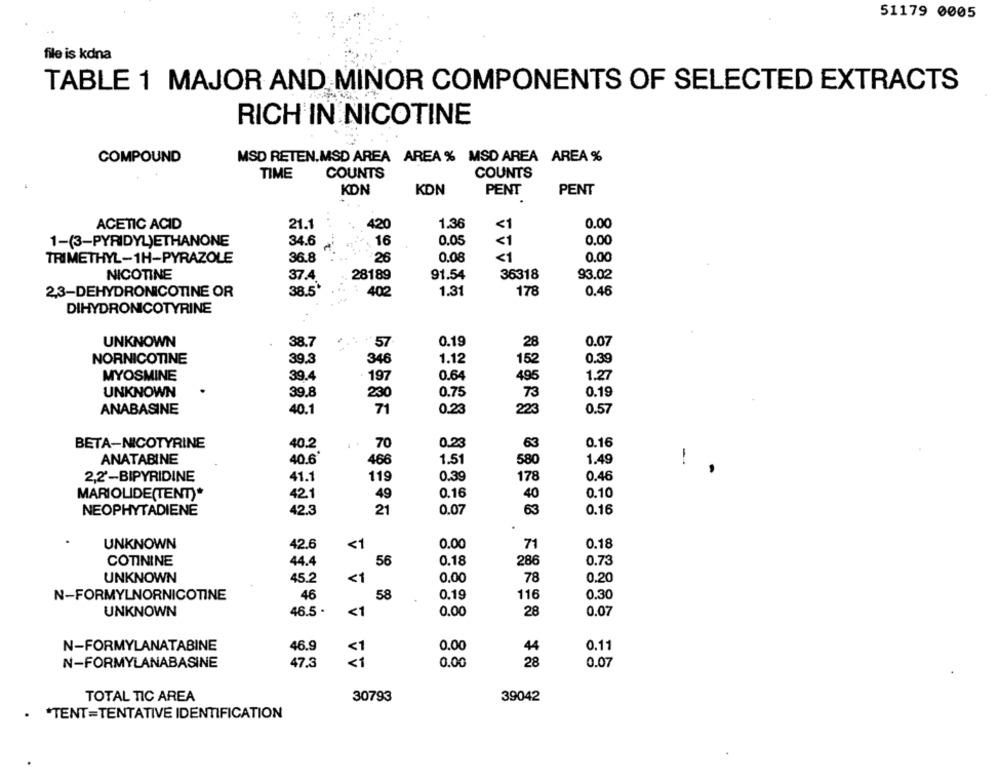
51179 0005
file is kdna
TABLE 1 MAJOR AND MINOR COMPONENTS OF SELECTED EXTRACTS
RICH IN NICOTINE
COMPOUND
MSD RETEN.MSD AREA AREA % MSD AREA AREA %
COUNTS
COUNTS
TIME
KDN
KDN
PENT
PENT
ACETIC ACID
21.
420
1.36
<1
0.00
1-(3-PYRIDYL)ETHANONE
34.6
16
0.05
<1
0.00
36.8
26
0.08
<1
0.00
TRIMETHYL-1H-PYRAZOLE
NICOTINE
37.4.
28189
91.54
36318
93.02
2,3-DEHYDRONICOTINE OR
38.5*
402
1.31
178
0.46
DIHYDRONICOTYRINE
UNKNOWN
38.7
57
0.19
28
0.07
NORNICOTINE
39.3
346
1.12
0.39
152
MYOSMINE
197
0.64
1.27
39.4
495
0.19
UNKNOWN
39.8
230
0.75
73
ANABASINE
40.1
71
0.23
223
0.57
BETA-NICOTYRINE
40.2
70
0.23
63
0.16
ANATABINE
40.6
1.51
580
1.49
--
466
0.39
178
0.46
2,2'-BIPYRIDINE
41.1
119
0.10
MARIOLIDE(TENT)*
42.1
49
0.16
40
NEOPHYTADIENE
42.3
21
0.07
63
0.16
.
UNKNOWN
42.6
<1
0.00
71
0.18
COTININE
44.4
56
0.18
286
0.73
UNKNOWN
45.2
<1
0.00
78
0.20
0.30
N-FORMYLNORNICOTINE
46
58
0.19
116
UNKNOWN
46.5 .
<1
0.00
28
0.07
N-FORMYLANATABINE
46.9
0.00
44
0.11
N-FORMYLANABASINE
47.3
0.00
28
0.07
TOTAL TIC AREA
30793
39042
. * TENT=TENTATIVE IDENTIFICATION